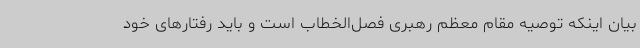
بیان اینکه توصیه مقام معظم رهبری فصل‌الخطاب است و باید رفتارهای خود